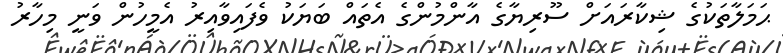
ޙަމަލާތަކުގެ ޝިކާރައަށް ސޫރިޔާގެ އާންމުންގެ އެތައް ބަޔަކު ވެފައިވާއިރު އެމީހުން ވަނީ މިހާރު